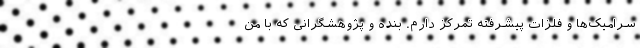
سرامیک‌ها و فلزات پیشرفته تمرکز دارم. بنده و پژوهشگرانی که با من